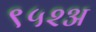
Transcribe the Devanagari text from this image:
९५२अ